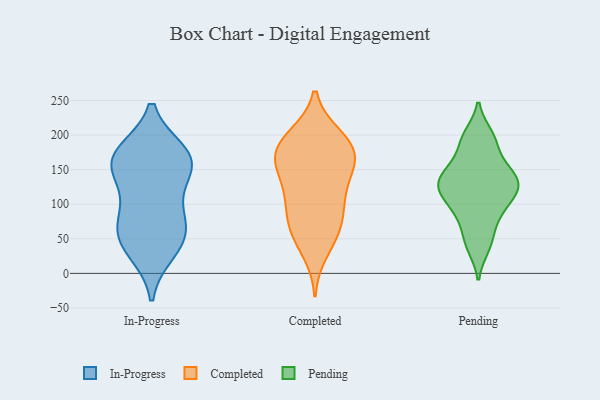
{"axis": {"x": "Bounce Rate (%)", "y": "Value"}, "legend": ["Completed", "In-Progress", "Pending"], "data": [{"x": "", "y": 168, "type": "In-Progress"}, {"x": "", "y": 173, "type": "In-Progress"}, {"x": "", "y": 153, "type": "In-Progress"}, {"x": "", "y": 156, "type": "In-Progress"}, {"x": "", "y": 95, "type": "In-Progress"}, {"x": "", "y": 50, "type": "In-Progress"}, {"x": "", "y": 47, "type": "In-Progress"}, {"x": "", "y": 148, "type": "In-Progress"}, {"x": "", "y": 64, "type": "In-Progress"}, {"x": "", "y": 84, "type": "In-Progress"}, {"x": "", "y": 32, "type": "In-Progress"}, {"x": "", "y": 174, "type": "In-Progress"}, {"x": "", "y": 103, "type": "Completed"}, {"x": "", "y": 153, "type": "Completed"}, {"x": "", "y": 118, "type": "Completed"}, {"x": "", "y": 161, "type": "Completed"}, {"x": "", "y": 171, "type": "Completed"}, {"x": "", "y": 61, "type": "Completed"}, {"x": "", "y": 85, "type": "Completed"}, {"x": "", "y": 199, "type": "Completed"}, {"x": "", "y": 31, "type": "Completed"}, {"x": "", "y": 106, "type": "Completed"}, {"x": "", "y": 165, "type": "Completed"}, {"x": "", "y": 166, "type": "Completed"}, {"x": "", "y": 183, "type": "Completed"}, {"x": "", "y": 65, "type": "Completed"}, {"x": "", "y": 194, "type": "Completed"}, {"x": "", "y": 59, "type": "Completed"}, {"x": "", "y": 136, "type": "Completed"}, {"x": "", "y": 197, "type": "Completed"}, {"x": "", "y": 95, "type": "Pending"}, {"x": "", "y": 38, "type": "Pending"}, {"x": "", "y": 117, "type": "Pending"}, {"x": "", "y": 195, "type": "Pending"}, {"x": "", "y": 149, "type": "Pending"}, {"x": "", "y": 192, "type": "Pending"}, {"x": "", "y": 99, "type": "Pending"}, {"x": "", "y": 132, "type": "Pending"}, {"x": "", "y": 130, "type": "Pending"}, {"x": "", "y": 167, "type": "Pending"}, {"x": "", "y": 128, "type": "Pending"}, {"x": "", "y": 127, "type": "Pending"}, {"x": "", "y": 65, "type": "Pending"}, {"x": "", "y": 43, "type": "Pending"}, {"x": "", "y": 139, "type": "Pending"}, {"x": "", "y": 150, "type": "Pending"}, {"x": "", "y": 83, "type": "Pending"}, {"x": "", "y": 200, "type": "Pending"}, {"x": "", "y": 112, "type": "Pending"}]}